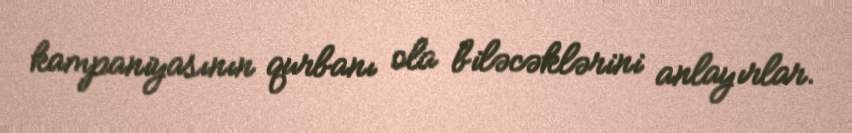
kampaniyasının qurbanı ola biləcəklərini anlayırlar.